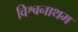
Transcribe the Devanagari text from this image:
विश्वनाथम